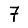
Digit: 7